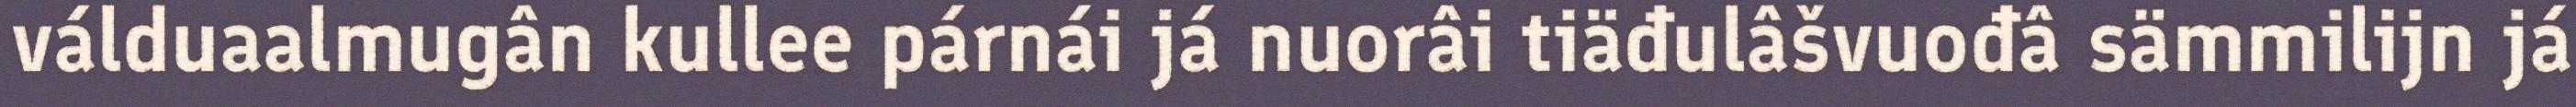
válduaalmugân kullee párnái já nuorâi tiäđulâšvuođâ sämmilijn já